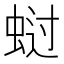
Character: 𰲺